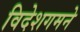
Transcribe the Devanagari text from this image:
विदेशगमने